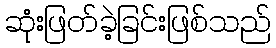
ဆုံးဖြတ်ခဲ့ခြင်းဖြစ်သည်